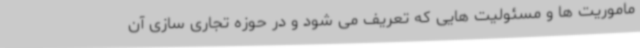
ماموریت ها و مسئولیت هایی که تعریف می شود و در حوزه تجاری سازی آن